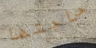
حاجتها